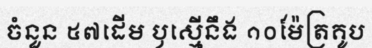
ចំនួន ៥៧ដើម ឫស្មើនឹង ១០ម៉ែត្រគូប